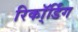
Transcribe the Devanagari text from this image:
रिकॉ्र्डिंग